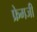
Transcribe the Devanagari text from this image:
फ्रेमजी